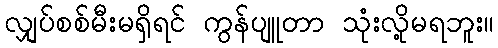
လျှပ်စစ်မီးမရှိရင် ကွန်ပျူတာ သုံးလို့မရဘူး။